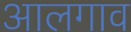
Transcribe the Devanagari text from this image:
आलगाव